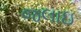
જલાઇ